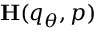
\mathbf { H } ( q _ { \theta } , p )